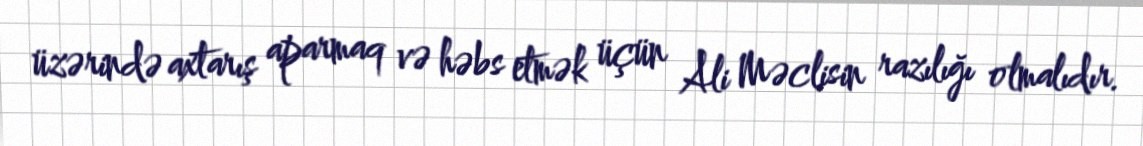
üzərində axtarış aparmaq və həbs etmək üçün Ali Məclisin razılığı olmalıdır.